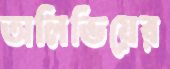
অলিভিয়ের